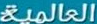
العالمية